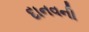
દાનવની